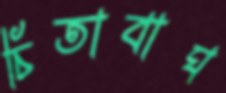
চিতাবাঘ